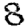
Digit: 8